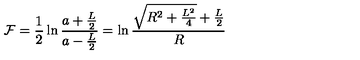
{ \cal F } = \frac { 1 } { 2 } \ln \frac { a + \frac { L } { 2 } } { a - \frac { L } { 2 } } = \ln \frac { \sqrt { R ^ { 2 } + \frac { L ^ { 2 } } { 4 } } + \frac { L } { 2 } } { R }